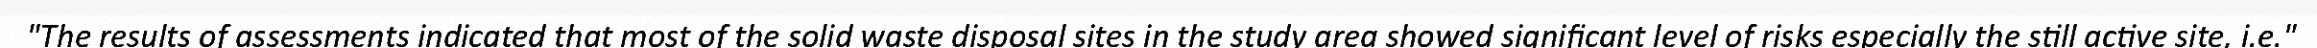
"The results of assessments indicated that most of the solid waste disposal sites in the study area showed significant level of risks especially the still active site, i.e."